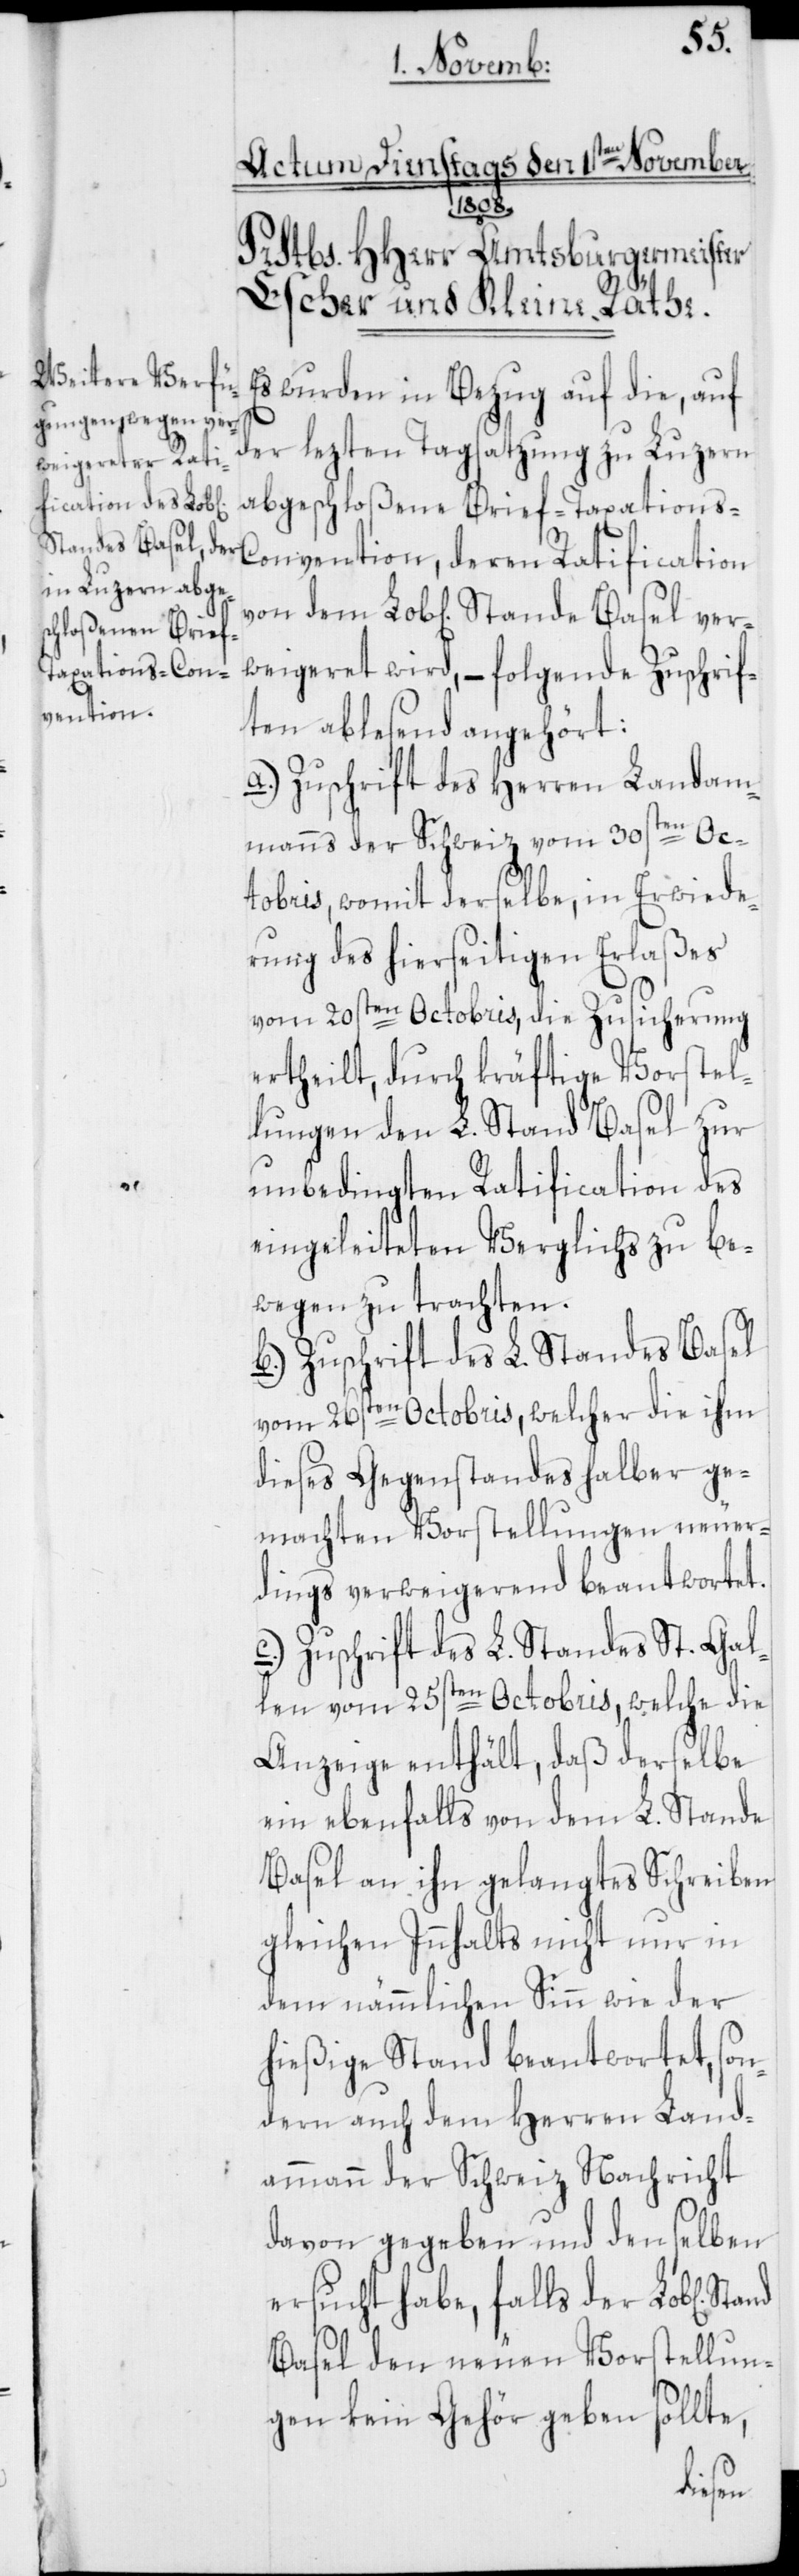
Stande Basel ver¬

wurden in Bezug auf die, auf
der lezten Tagsatzung zu Luzern
abgeschloßene Brief-Taxations-C¬
onvention, deren Ratification
weigeret wird, – folgende Zuschrif¬
ten ablesend angehört:
a.) Zuschrift des Herren Landam¬
manns der Schweiz vom 30sten Oc¬
tobris, womit derselbe, in Erwiede¬
rung des hierseitigen Erlaßes
vom 20sten Octobris, die Zusicherung
ertheilt, durch kräftige Vorstel¬
lungen den L. Stand Basel zur
unbedingten Ratification des
eingeleiteten Verglichs zu be¬
wegen zu trachten.
b.) Zuschrift des L. Standes Basel
vom 26sten Octobris, welcher die ihm
dieses Gegenstandes halber ge¬
machten Vorstellungen neuer¬
dings verweigerend beantwortet.
c.) Zuschrift des L. Standes St. Gal¬
len vom 25sten Octobris, welche die
Anzeige enthält, daß derselbe
ein ebenfalls von dem L. Stande
Basel an ihn gelangtes Schreiben
gleichen Innhalts nicht nur in
dem nämmlichen Sinn wie der
hießige Stand beantwortet, son¬
dern auch dem Herren Land¬
ammann der Schweiz Nachricht
davon gegeben und denselben
ersucht habe, falls der Lob[liche]
Basel den neuen Vorstellun¬
gen kein Gehör geben sollte,
dem